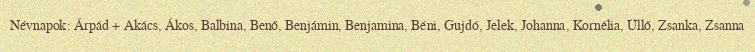
Névnapok: Árpád + Akács, Ákos, Balbina, Benő, Benjámin, Benjamina, Béni, Gujdó, Jelek, Johanna, Kornélia, Üllő, Zsanka, Zsanna